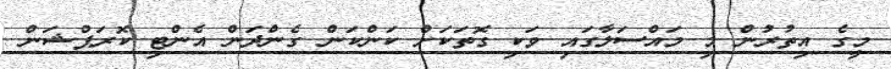
މީގެ އިތުރުން މި މައްސަލާގައި ވަކި ގޮތަކަށް ކަންކަން ގެންދަން އެންޓި ކޮރަޕްޝަން